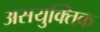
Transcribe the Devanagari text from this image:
असयुक्तिक